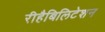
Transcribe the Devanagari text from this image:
रीहैबिलिटेशन